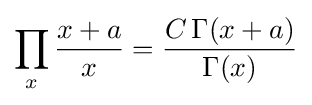
\prod _{x}{\frac {x+a}{x}}={\frac {C\,\Gamma (x+a)}{\Gamma (x)}}